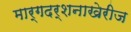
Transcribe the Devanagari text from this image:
मार्गदर्शनाखेरीज